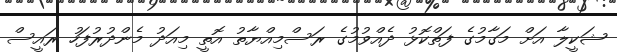
ޝަކީލާ އަށް މަގާމުގެ ފަތްކޮޅު ދެއްވުމުގެ ރަސްމިއްޔާތު އޮތީ މިއަދު މެންދުރުފަހު ރައީސް